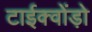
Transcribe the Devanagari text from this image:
टाईक्वोंड़ो